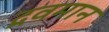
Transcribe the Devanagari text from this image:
द्रवमान